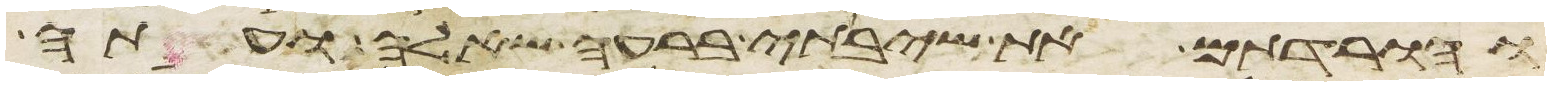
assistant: והורדתם את שיבתי ברעה שאלה ועתה